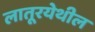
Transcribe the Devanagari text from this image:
लातूरयेथील